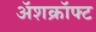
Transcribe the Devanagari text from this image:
ॲशक्रॉफ्ट